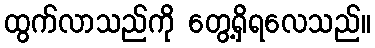
ထွက်လာသည်ကို တွေ့ရှိရလေသည်။